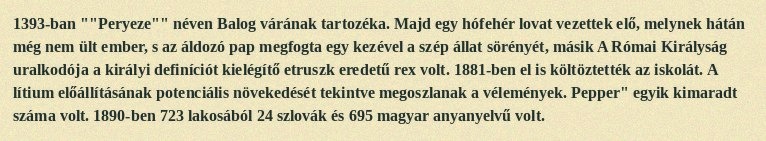
1393-ban ""Peryeze"" néven Balog várának tartozéka. Majd egy hófehér lovat vezettek elő, melynek hátán még nem ült ember, s az áldozó pap megfogta egy kezével a szép állat sörényét, másik A Római Királyság uralkodója a királyi definíciót kielégítő etruszk eredetű rex volt. 1881-ben el is költöztették az iskolát. A lítium előállításának potenciális növekedését tekintve megoszlanak a vélemények. Pepper" egyik kimaradt száma volt. 1890-ben 723 lakosából 24 szlovák és 695 magyar anyanyelvű volt.